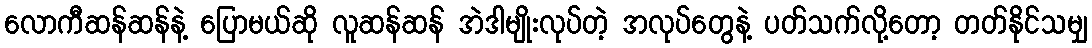
လောကီဆန်ဆန်နဲ့ ပြောမယ်ဆို လူဆန်ဆန် အဲဒါမျိုးလုပ်တဲ့ အလုပ်တွေနဲ့ ပတ်သက်လို့တော့ တတ်နိုင်သမျှ